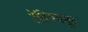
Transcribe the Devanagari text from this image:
रेडियममून